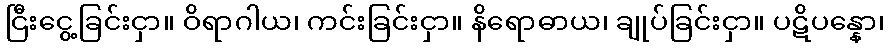
ငြီးငွေ့ခြင်းငှာ။ ဝိရာဂါယ၊ ကင်းခြင်းငှာ။ နိရောဓာယ၊ ချုပ်ခြင်းငှာ။ ပဋိပန္နော၊